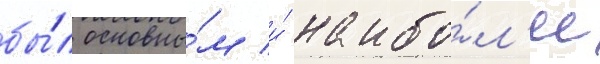
бы́л основны́м и́ наибо́л'ее